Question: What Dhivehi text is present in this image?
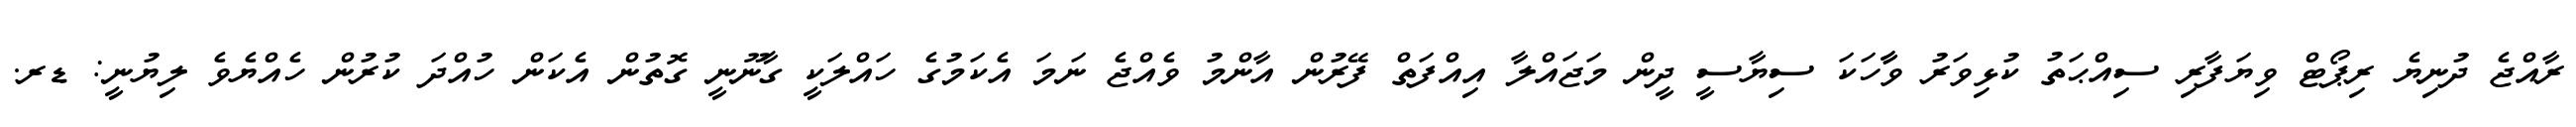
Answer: ރާއްޖެ ދުނިޔެ ރިޕޯޓް ވިޔަފާރި ސިއްޙަތު ކުޅިވަރު ވާާހަކަ ސިޔާސީ ދީން މަޖައްލާ އިއްފަތް ފޭރުން އާންމު ވެއްޖެ ނަމަ އެކަމުގެ ހައްލަކީ ގާނޫނީ ގޮތުން އެކަން ހުއްދަ ކުރުން ހެއްޔެވެ ލިޔުނީ: ޑރ.